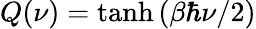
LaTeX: Q(\nu)=\operatorname{tanh}{(\beta\hbar\nu/2)}